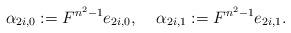
\begin{align*}\alpha_{2i,0}:=F^{n^{2}-1}e_{2i,0},\;\;\;\;\alpha_{2i,1}:=F^{n^{2}-1}e_{2i,1}.\end{align*}